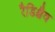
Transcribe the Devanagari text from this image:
रैडिश्चैव